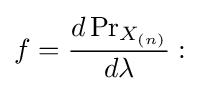
f={\frac {d\Pr _{X_{(n)}}}{d\lambda }}: